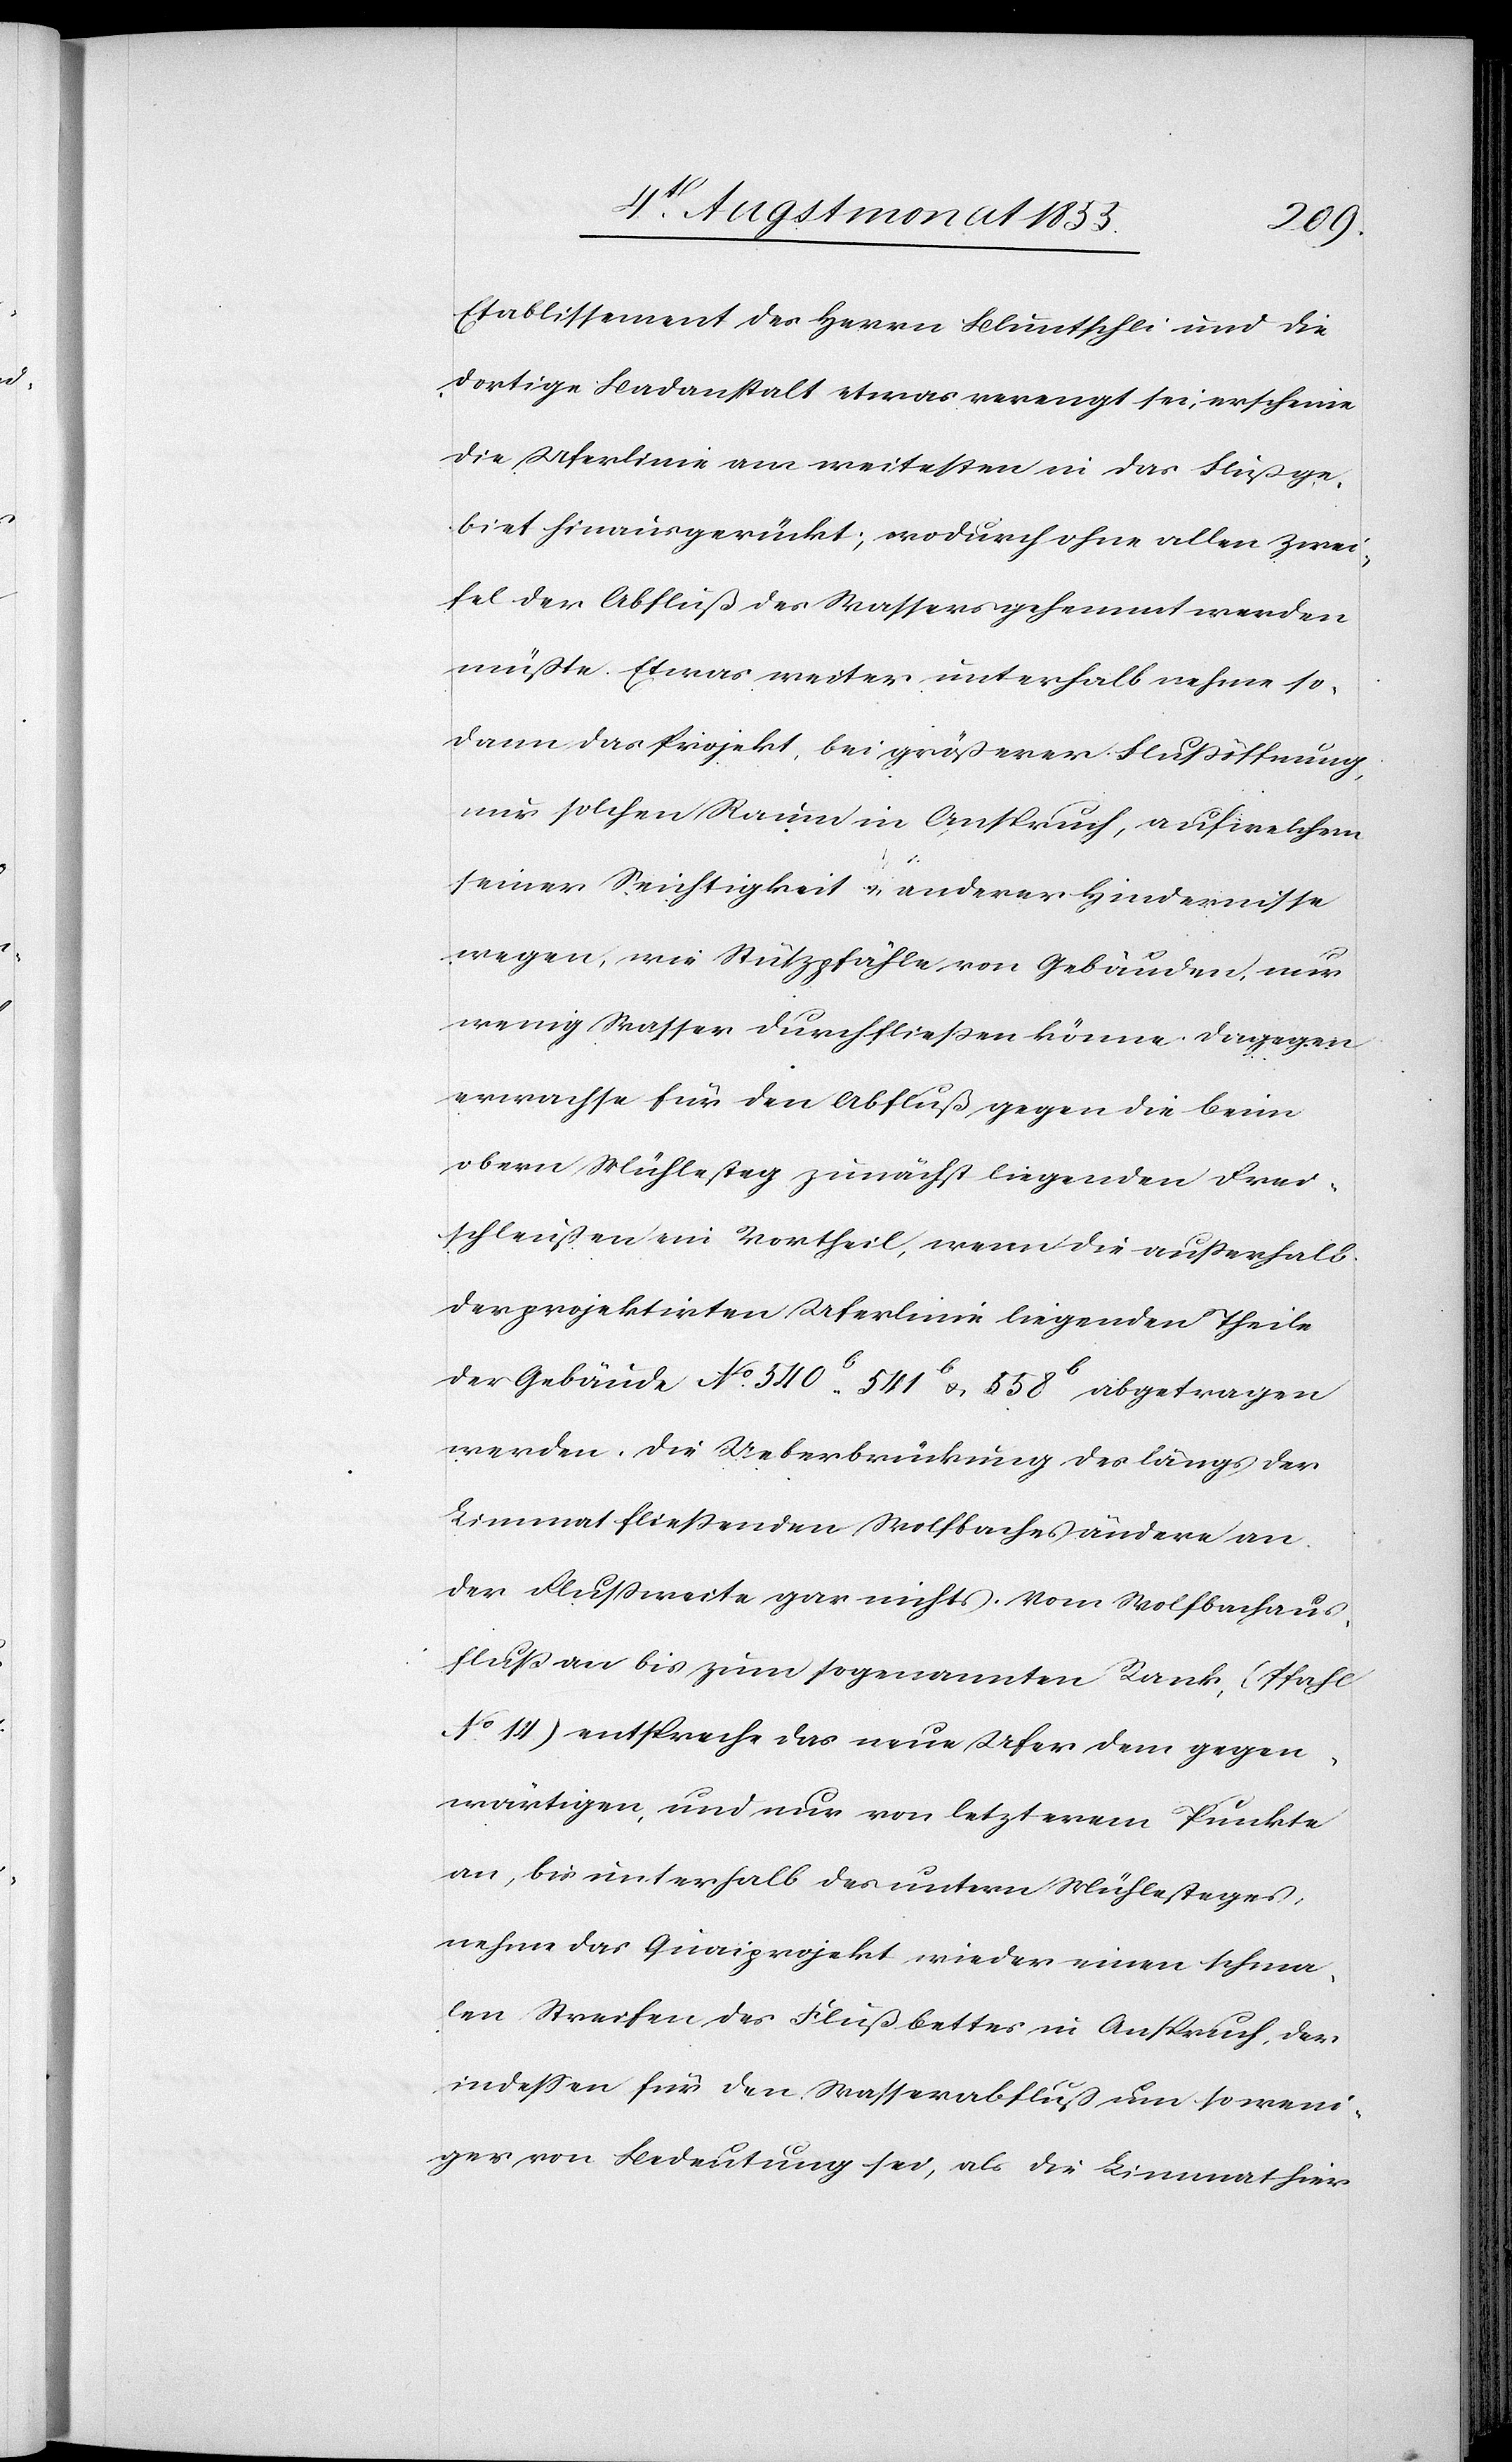
Etablissement des Herrn Bluntschli und die
dortige Badanstalt etwas verengt sei, erscheine
die Uferlinie am weitesten in das Flußge¬
biet hinausgerückt; wodurch ohne allen Zwei¬
fel der Abfluß des Wassers gehemmt werden
müßte. Etwas weiter unterhalb nehme so¬
dann das Projekt, bei größerer Flußöffnung,
nur solchen Raum in Anspruch, auf welchem
seiner Seichtigkeit & anderer Hindernisse
wegen, wie Stützpfähle von Gebäuden, nur
wenig Wasser durchfließen könne. Dagegen
erwachse für den Abfluß gegen die beim
obern Mühlesteg zunächst liegenden Frei¬
schleußen ein Vortheil, wenn die außerhalb
der projektirten Uferlinie liegenden Theile
der Gebäude No. 540b. 541b & 558b abgetragen
werden. Die Ueberbrückung des längs der
Limmat fließenden Wolfbaches ändere an
der Flußweite gar nichts. Vom Wolfbachaus¬
fluß an bis zum sogenannten Rank, (Pfahl
No. 14.) entspreche das neue Ufer dem gegen¬
wärtigen, und nur von letzterem Punkte
an, bis unterhalb des untern Mühlesteges,
nehme das Quaiprojekt wieder einen schma¬
len Streifen des Flußbettes in Anspruch, der
indessen für den Wasserabfluß um so weni¬
ger von Bedeutung sei, als die Limmat hier